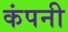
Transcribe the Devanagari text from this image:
कंपनी